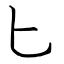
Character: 匕